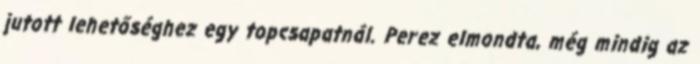
jutott lehetőséghez egy topcsapatnál. Perez elmondta, még mindig az